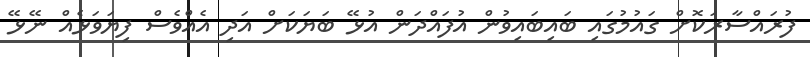
ފުރައްސާރަކޮށް ގައުމުގައި ބައިބައިވުން އުފައްދަން އުޅޭ ބަޔަކަށް އަދި އެއްވެސް ފިޔަވަޅެއް ނޭޅޭ